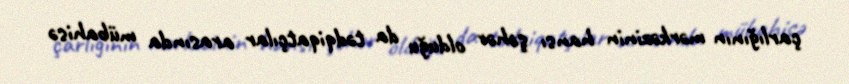
çarlığının mərkəzinin hansı şəhər olduğu da tədqiqatçılar arasında mübahisə